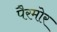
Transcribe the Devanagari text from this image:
पैरमोर